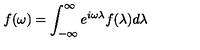
f ( \omega ) = \int _ { - \infty } ^ { \infty } e ^ { i \omega \lambda } f ( \lambda ) d \lambda